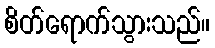
စိတ်ရောက်သွားသည်။